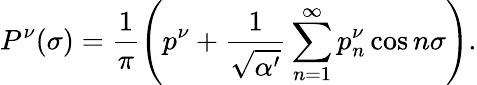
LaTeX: P^{\nu}(\sigma)=\frac{1}{\pi}\left(p^{\nu}+\frac{1}{\sqrt{\alpha^{\prime}}}\sum_{n=1}^{\infty}p_{n}^{\nu}\cos n\sigma\right).